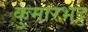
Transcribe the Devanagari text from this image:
कुमारभट्ट